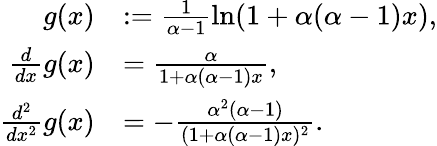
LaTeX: \begin{array}{rl}{g(x)}&{:=\frac{1}{\alpha-1}\ln(1+\alpha(\alpha-1)x),}\\ {\frac{d}{dx}g(x)}&{=\frac{\alpha}{1+\alpha(\alpha-1)x},}\\ {\frac{d^{2}}{dx^{2}}g(x)}&{=-\frac{\alpha^{2}(\alpha-1)}{(1+\alpha(\alpha-1)x)^{2}}.}\end{array}